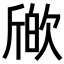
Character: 𣣪